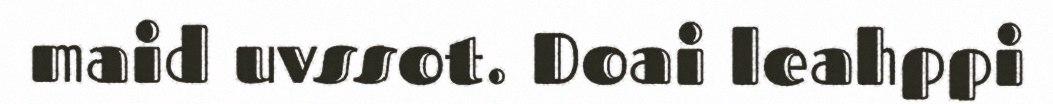
maid uvssot. Doai leahppi